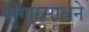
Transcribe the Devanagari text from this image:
शृंगारसाधने